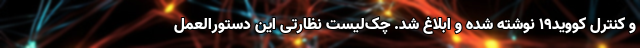
و کنترل کووید۱۹ نوشته شده و ابلاغ شد. چک‌لیست نظارتی این دستورالعمل